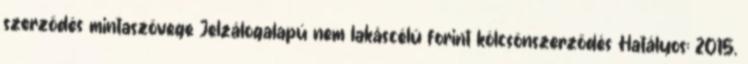
szerződés mintaszövege Jelzálogalapú nem lakáscélú forint kölcsönszerződés Hatályos: 2015.